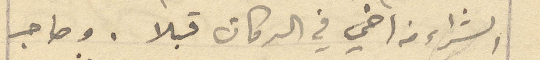
الشراء من اخي في الدكان قبلا. وصاحب